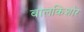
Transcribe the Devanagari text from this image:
बालकिशोर